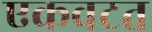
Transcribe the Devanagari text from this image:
एकवटत